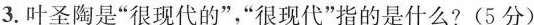
3.叶圣陶是”很现代的”，”很现代”指的是什么?(5分)